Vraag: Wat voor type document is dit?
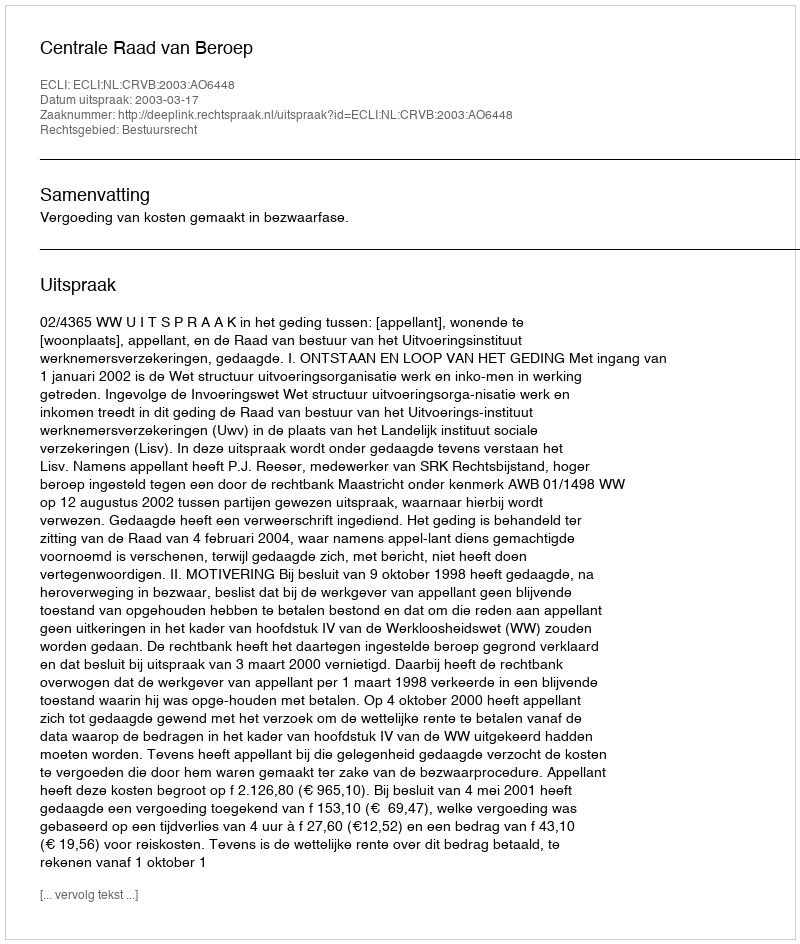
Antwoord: Uitspraak